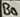
Text: B0